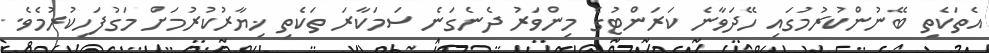
އެތަކެތި ބޭނުންކުރުމުގައި ހޭދަވާނެ ކަރަންޓުގެ މިންވަރު ދެނެގަނެ ސަމަކާރަ ތަކެތި ޚިޔާރުކުރުމަށް މަގުފަހިކުރުމެވެ.